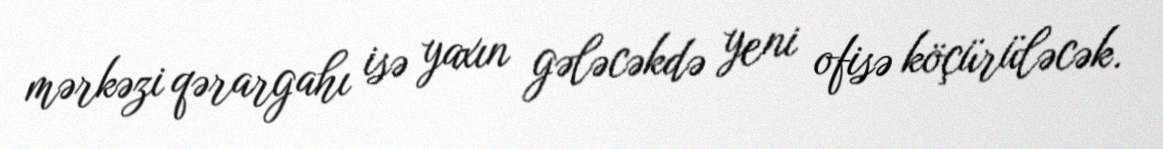
mərkəzi qərargahı isə yaxın gələcəkdə yeni ofisə köçürüləcək.